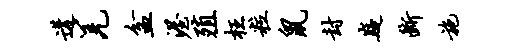
遘羌盆渥殖枉粒鼠封嶷断施